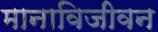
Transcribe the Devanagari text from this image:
मानाविजीवन